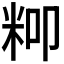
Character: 𮇍